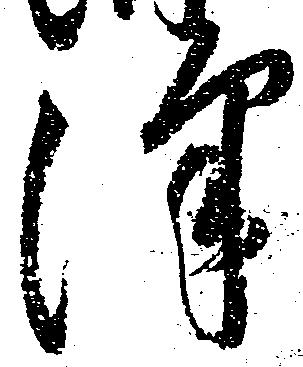
沢